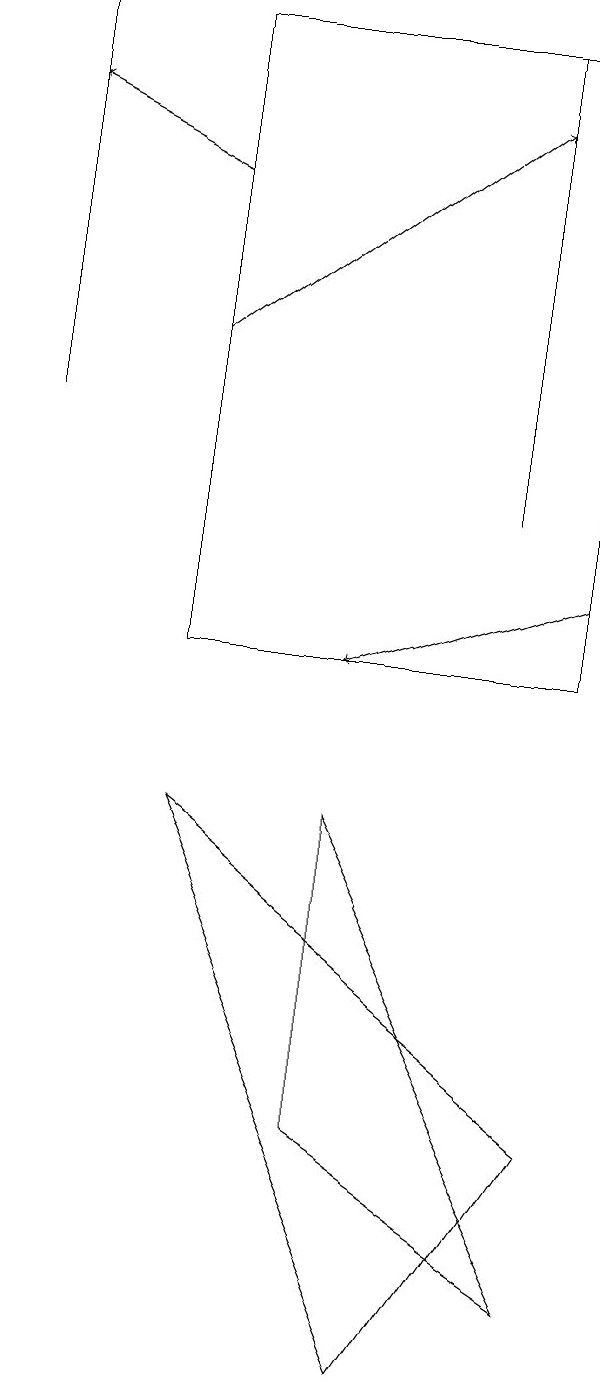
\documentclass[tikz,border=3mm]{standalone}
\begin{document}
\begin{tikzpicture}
\draw[->] (9,12) -- (6,11);
\draw (7,2) -- (4,9) -- (9,5) -- cycle;
\draw (2,19) rectangle (2,14);
\draw (6,9) -- (9,3) -- (6,5) -- cycle;
\draw[->] (4,15) -- (8,18);
\draw (4,19) rectangle (9,11);
\draw[->] (4,17) -- (2,18);
\draw (8,19) rectangle (8,13);
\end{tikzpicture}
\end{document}